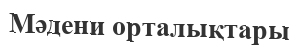
Мәдени орталықтары